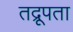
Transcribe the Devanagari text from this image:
तद्रूपता